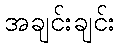
အချင်းချင်း